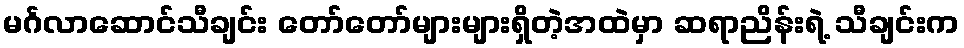
မင်္ဂလာဆောင်သီချင်း တော်တော်များများရှိတဲ့အထဲမှာ ဆရာညိန်းရဲ့ သီချင်းက